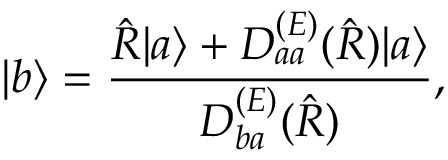
| b \rangle = { \frac { \hat { R } | a \rangle + D _ { a a } ^ { ( E ) } ( \hat { R } ) | a \rangle } { D _ { b a } ^ { ( E ) } ( \hat { R } ) } } ,